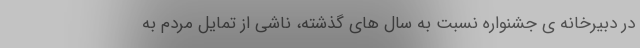
در دبیرخانه ی جشنواره نسبت به سال های گذشته، ناشی از تمایل مردم به